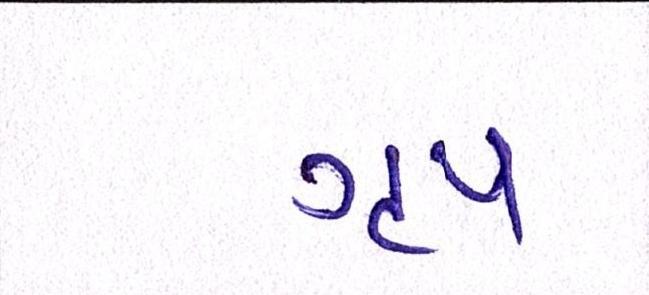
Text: ગૃપ